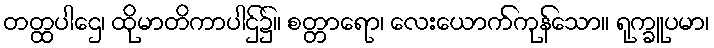
တတ္ထပါဌေ၊ ထိုမာတိကာပါဌ်၌။ စတ္တာရော၊ လေးယောက်ကုန်သော။ ရုက္ခူပမာ၊